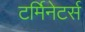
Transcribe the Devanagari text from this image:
टर्मिनेटर्स